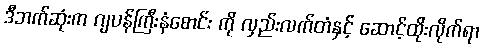
ဒီဘက်ဆုံးက ဂျပန်ကြီးနံစောင်း ကို လှည်းလက်တံနှင့် ဆောင့်ထိုးလိုက်ရာ